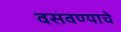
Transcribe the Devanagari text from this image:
वसवण्याचे